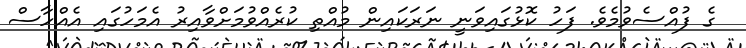
ގެ ފުއްސެވުމެވެ. ފަހު ކޮޅުގައިވަނީ ނަރަކައިން މުއްތި ކުރެއްވުމަށްވާއިރު އެމަހުގައި އެއްހާސް